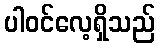
ပါဝင်လေ့ရှိသည်